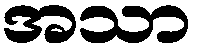
အသာ